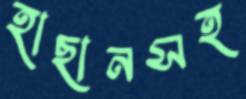
হাছানসহ